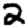
Digit: 2